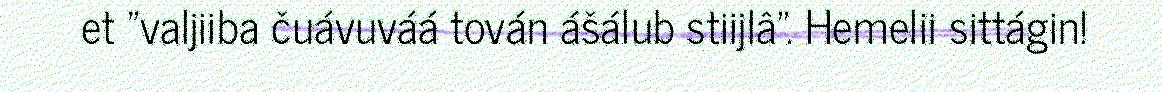
et "valjiiba čuávuváá tován ášálub stiijlâ". Hemelii sittágin!